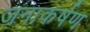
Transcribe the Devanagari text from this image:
जनाकर्षण